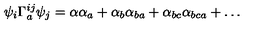
\psi _ { i } \Gamma _ { a } ^ { i j } \psi _ { j } = \alpha \alpha _ { a } + \alpha _ { b } \alpha _ { b a } + \alpha _ { b c } \alpha _ { b c a } + \ldots